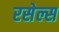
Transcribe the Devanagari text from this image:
रसेल्स